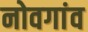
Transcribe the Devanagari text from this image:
नोवगांव